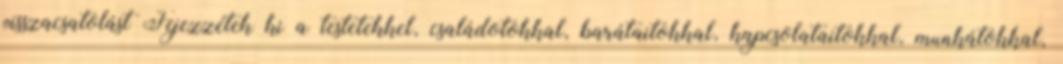
visszacsatolást Fejezzétek ki a testetekkel, családotokkal, barátaitokkal, kapcsolataitokkal, munkátokkal,